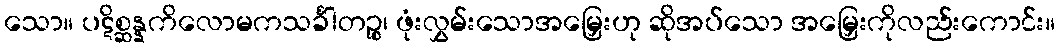
သော။ ပဋိစ္ဆန္နကိလောမကသင်္ခါတဉ္စ၊ ဖုံးလွှမ်းသောအမြှေးဟု ဆိုအပ်သော အမြှေးကိုလည်းကောင်း။